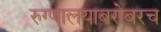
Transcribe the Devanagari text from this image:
रुग्णालयाबरोबरच